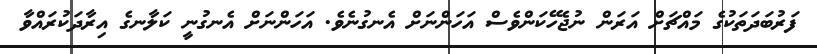
ފަރުބަދަތަކުގެ މައްޗަށް އަރަން ނުޖެހޭކަންވެސް އަހަންނަށް އެނގުނެވެ. އަހަންނަށް އެނގުނީ ކަލާނގެ އިރާދަކުރައްވާ